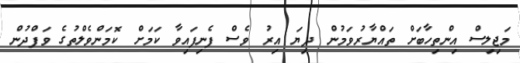
މަޖިލިސް އިންތިހާބަށް ތައްޔާރުވަމުން ދިޔަ އިރު ވެސް ފެނިފައިވާ ކަމަށް ކޮމަންވެލްތުގެ ވަފްދުން